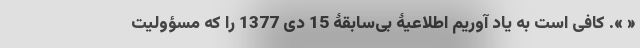
« ». کافی است به یاد آوریم اطلاعیۀ بی‌سابقۀ 15 دی 1377 را که مسؤولیت